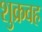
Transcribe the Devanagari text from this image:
शुक्रवह